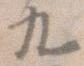
九